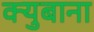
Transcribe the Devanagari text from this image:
क्युबाना